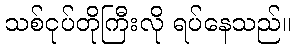
သစ်ငုပ်တိုကြီးလို ရပ်နေသည်။